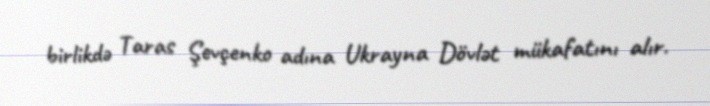
birlikdə Taras Şevçenko adına Ukrayna Dövlət mükafatını alır.